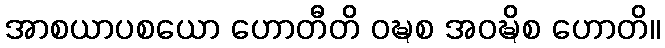
အာစယာပစယော ဟောတီတိ ဝဍ္ဎစ အဝဍ္ဎိစ ဟောတိ။